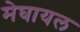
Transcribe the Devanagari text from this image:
मेघायल